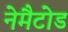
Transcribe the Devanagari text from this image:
नेमैटोड